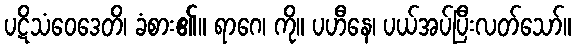
ပဋိသံဝေဒေတိ၊ ခံစား၏။ ရာဂေ၊ ကို။ ပဟီနေ၊ ပယ်အပ်ပြီးလတ်သော်။